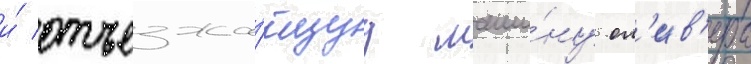
и́ отъезжа́ющуу маши́ну ол'ив'ера